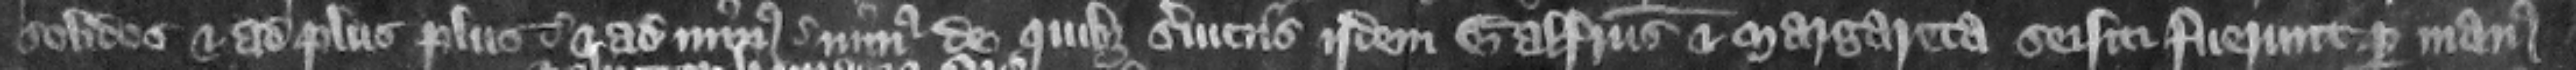
solidos et ad plus plus et ad minus minus de quibus seruiciis idem Galfridus et Margareta seisiti fuerunt per manus